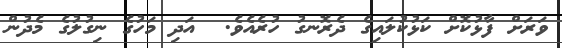
ވަރަށް ފާޅުކޮށް ކަޅުކުލައިގެ ދެރޮނގު ހުރެއެވެ.  އަދި މަހުގެ ނިގުލުގެ މެދުން